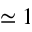
\simeq 1